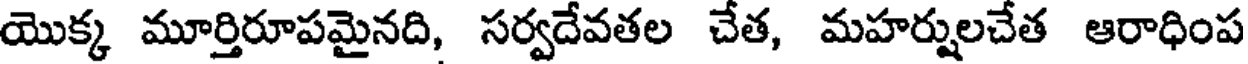
యొక్క మూర్తిరూపమైనది, సర్వదేవతల చేత, మహర్షులచేత ఆరాధింప